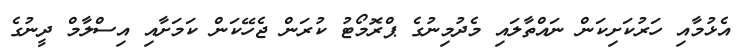
އެޅުމާއި ހަރުކަށިކަން ނައްތާލައި މެދުމިނުގެ ޕްރޮމޯޓު ކުރަން ޖެހޭކަން ކަމަށާއި އިސްލާމް ދީނުގެ